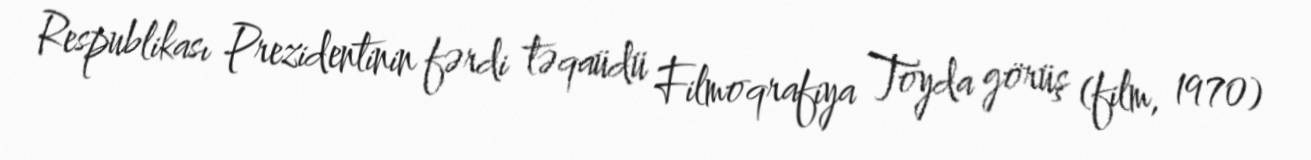
Respublikası Prezidentinin fərdi təqaüdü Filmoqrafiya Toyda görüş (film, 1970)